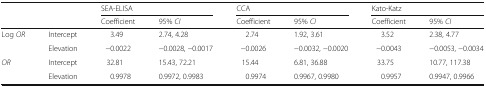
<table><thead><tr><td rowspan="2"></td><td rowspan="2"></td><td colspan="2"><b>SEA-ELISA</b></td><td colspan="2"><b>CCA</b></td><td colspan="2"><b>Kato-Katz</b></td></tr><tr><td><b>Coefficient</b></td><td><b>95% <i>CI</i></b></td><td><b>Coefficient</b></td><td><b>95% <i>CI</i></b></td><td><b>Coefficient</b></td><td><b>95% <i>CI</i></b></td></tr></thead><tbody><tr><td rowspan="2">Log <i>OR</i></td><td>Intercept</td><td>3.49</td><td>2.74, 4.28</td><td>2.74</td><td>1.92, 3.61</td><td>3.52</td><td>2.38, 4.77</td></tr><tr><td>Elevation</td><td>−0.0022</td><td>−0.0028, −0.0017</td><td>−0.0026</td><td>−0.0032, −0.0020</td><td>−0.0043</td><td>−0.0053, −0.0034</td></tr><tr><td rowspan="2"><i>OR</i></td><td>Intercept</td><td>32.81</td><td>15.43, 72.21</td><td>15.44</td><td>6.81, 36.88</td><td>33.75</td><td>10.77, 117.38</td></tr><tr><td>Elevation</td><td>0.9978</td><td>0.9972, 0.9983</td><td>0.9974</td><td>0.9967, 0.9980</td><td>0.9957</td><td>0.9947, 0.9966</td></tr></tbody></table>